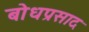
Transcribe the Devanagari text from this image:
बोधप्रसाद